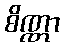
စိဏ္ဏာ